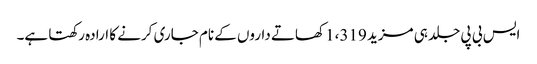
ایس بی پی جلد ہی مزید 1،319 کھاتے داروں کے نام جاری کرنے کا ارادہ رکھتا ہے۔